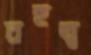
বহুত্ব